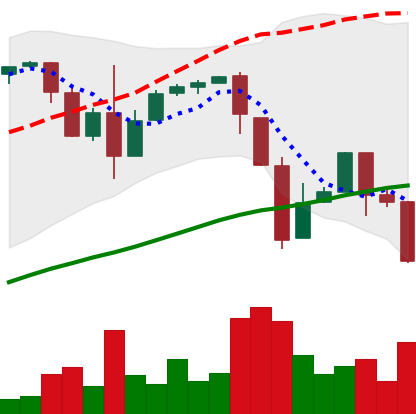
Ticker: BTC-USD
Chart end date: 2017-03-24
Forward return: 10.928%
Label: up_7plus